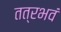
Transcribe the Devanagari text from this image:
तत्रभवं